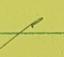
Signature authenticity: genuine